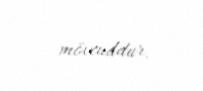
mövcuddur.